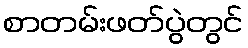
စာတမ်းဖတ်ပွဲတွင်